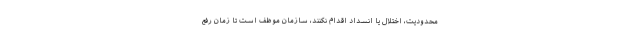
محدودیت، اختلال یا انسداد اقدام نکنند، سازمان موظف است تا زمان رفع